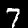
Label: 7